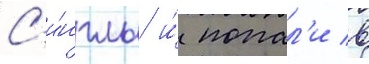
С'и́нглы и́ попал'и в